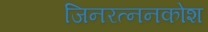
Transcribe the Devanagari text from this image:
जिनरत्ननकोश